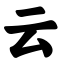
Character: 云